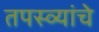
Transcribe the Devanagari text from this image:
तपस्व्यांचे